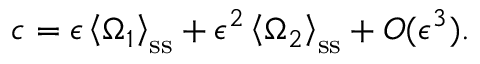
c = \epsilon \left\langle \Omega _ { 1 } \right\rangle _ { \mathrm { s s } } + \epsilon ^ { 2 } \left\langle \Omega _ { 2 } \right\rangle _ { \mathrm { s s } } + O ( \epsilon ^ { 3 } ) .